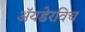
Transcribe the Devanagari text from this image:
ॲयडेरविच